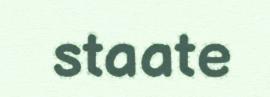
staate